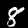
Digit: 8